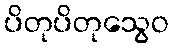
ပိတုပိတုသွေဝ